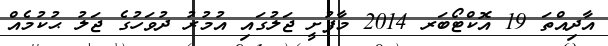
އާދިއްތަ 19 އޮކްޓޯބަރ 2014 މާފުށީ ޖަލުގައި އުމުރު ދުވަހުގެ ޖަލު ޙުކުމެއް